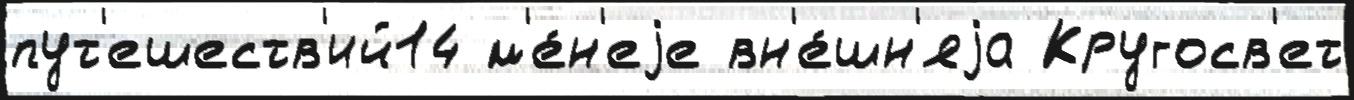
пут'ешеств'ий14 м'е́н'еjе вн'е́шн'яjа Кругосв'ет